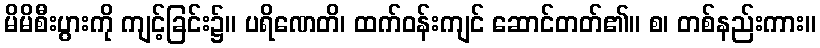
မိမိစီးပွားကို ကျင့်ခြင်း၌။ ပရိဏေတိ၊ ထက်ဝန်းကျင် ဆောင်တတ်၏။ စ၊ တစ်နည်းကား။